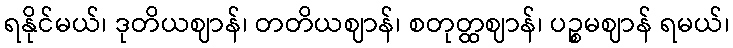
ရနိုင်မယ်၊ ဒုတိယဈာန်၊ တတိယဈာန်၊ စတုတ္ထဈာန်၊ ပဉ္စမဈာန် ရမယ်၊